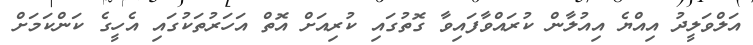
އަލްވަލީދު އިއްޔެ އިއުލާން ކުރައްވާފައިވާ ގޮތުގައި ކުރިއަށް އޮތް އަހަރުތަކުގައި އެހީގެ ކަންކަމަށް